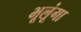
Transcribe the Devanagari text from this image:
भूलूंगा